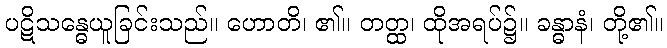
ပဋိသန္ဓေယူခြင်းသည်။ ဟောတိ၊ ၏။ တတ္ထ၊ ထိုအရပ်၌။ ခန္ဓာနံ၊ တို့၏။